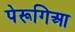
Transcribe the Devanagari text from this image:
पेरूगिआ